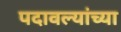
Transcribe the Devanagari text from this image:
पदावल्यांच्या